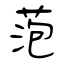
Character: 萢